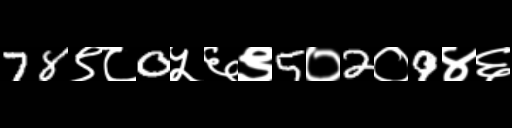
Text: 78९८0५६९5०2०9४६